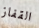
القفاز